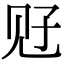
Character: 觃